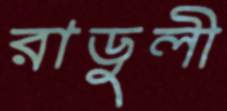
রাডুলী